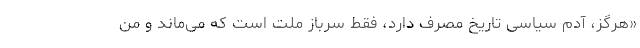
«هرگز، آدم سیاسی تاریخ مصرف دارد، فقط سرباز ملت است که می‌ماند و من